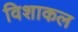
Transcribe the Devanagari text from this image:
विशाकल